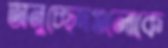
অনুচ্ছেদগুলোকে